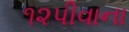
૧૨પીવાના